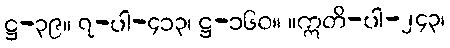
ဋ္ဌ-၃၉။ ၇-ပါ-၄၁၃၊ ဋ္ဌ-၁၆၀။ ။ဣတိ-ပါ-၂၄၃၊